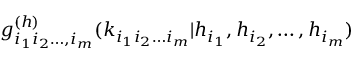
g _ { i _ { 1 } i _ { 2 } \ldots , i _ { m } } ^ { ( h ) } ( k _ { i _ { 1 } i _ { 2 } \ldots i _ { m } } | h _ { i _ { 1 } } , h _ { i _ { 2 } } , \ldots , h _ { i _ { m } } )